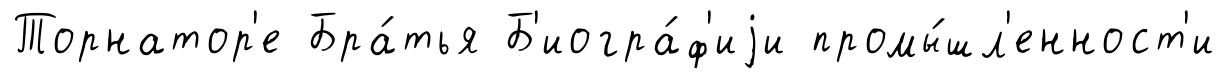
Торнатор'е Бра́тья Б'иогра́ф'иjи промы́шл'енност'и